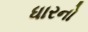
ધારનો